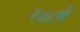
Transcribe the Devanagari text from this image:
२४८वें